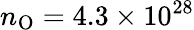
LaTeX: n_{\mathrm{O}}=4.3\times 10^{28}